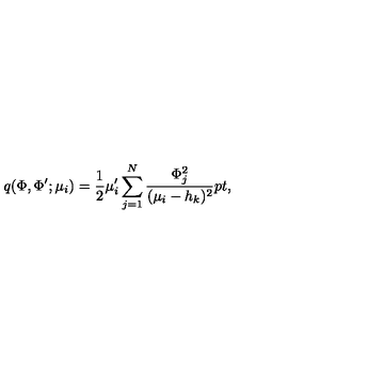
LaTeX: q ( \Phi , \Phi ^ { \prime } ; \mu _ { i } ) = { \frac { 1 } { 2 } } \mu _ { i } ^ { \prime } \sum _ { j = 1 } ^ { N } { \frac { \Phi _ { j } ^ { 2 } } { ( \mu _ { i } - h _ { k } ) ^ { 2 } } } \raise 2 p t \mathrm { , }